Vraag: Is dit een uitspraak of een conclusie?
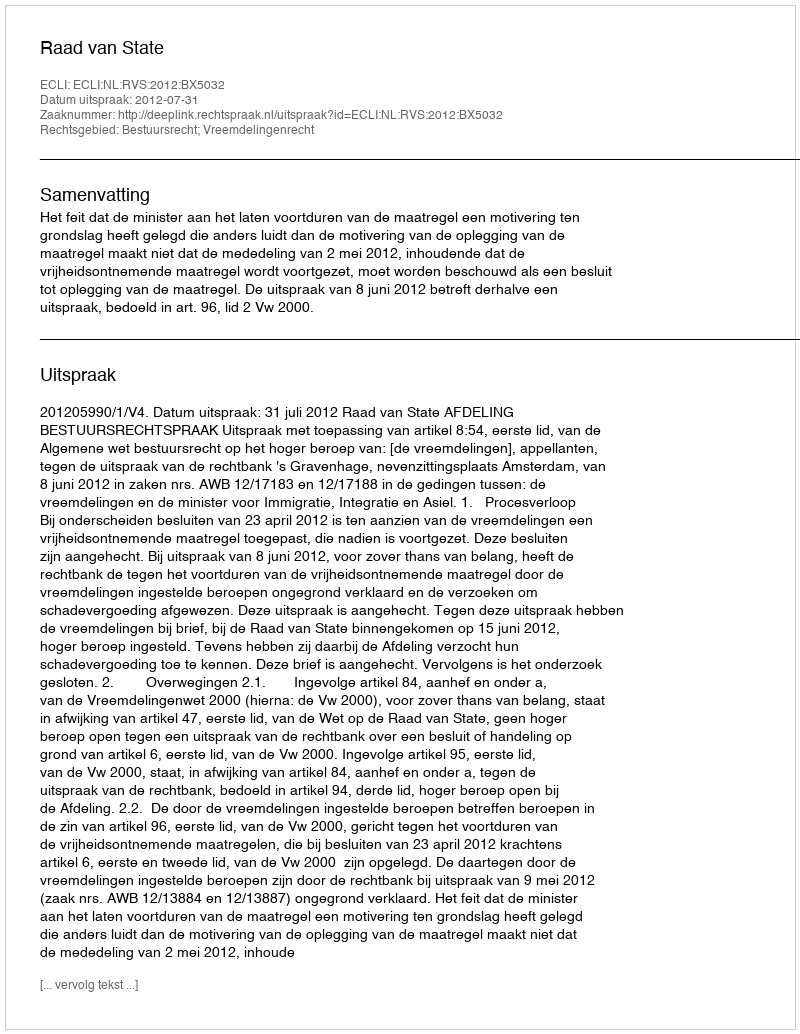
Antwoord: Uitspraak